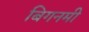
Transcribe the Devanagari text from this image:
बिगनमी